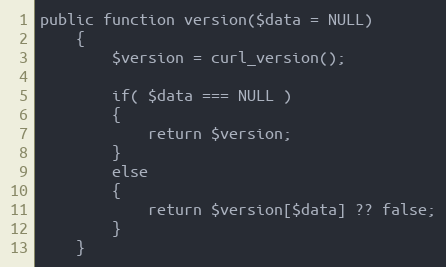
Language: PHP
public function version($data = NULL)
    {
        $version = curl_version();

        if( $data === NULL )
        {
            return $version;
        }
        else
        {
            return $version[$data] ?? false;
        }
    }